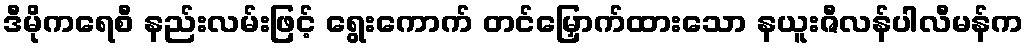
ဒီမိုကရေစီ နည်းလမ်းဖြင့် ရွေးကောက် တင်မြှောက်ထားသော နယူးဇီလန်ပါလီမန်က